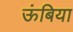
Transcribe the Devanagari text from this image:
ऊंबिया